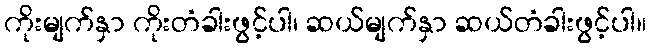
ကိုးမျက်နှာ ကိုးတံခါးဖွင့်ပါ၊ ဆယ်မျက်နှာ ဆယ်တံခါးဖွင့်ပါ။